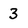
Character: 3